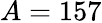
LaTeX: A=157